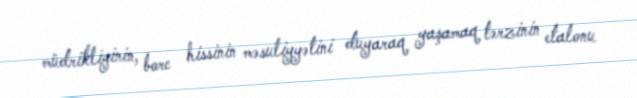
müdrikliyinin, borc hissinin məsuliyyətini duyaraq yaşamaq tərzinin etalonu